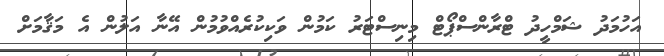
އަހުމަދު ޝަމްހީދު ޓްރާންސްޕޯޓް މިނިސްޓަރު ކަމުން ވަކިކުރެއްވުމުން އޭނާ އަލުން އެ މަޤާމަށް